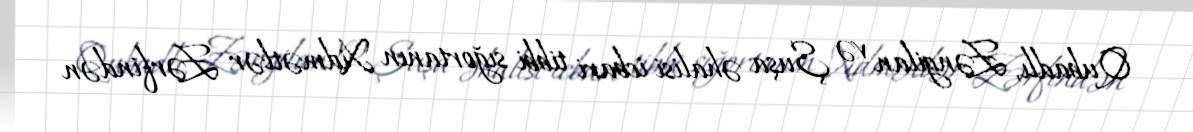
Qubadlı, Zəngilan və Şuşa əhalisi icbari tibbi sığortanın Xidmətlər Zərfindən